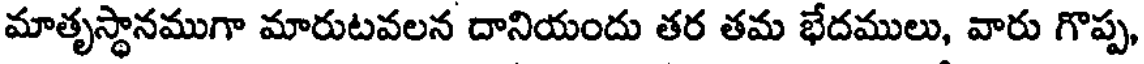
మాతృస్థానముగా మారుటవలన దానియందు తర తమ భేదములు, వారు గొప్ప,